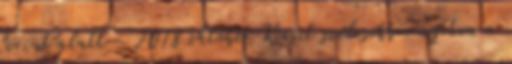
forint alatt – 2018 október Kicsit szélesebbre nyitva a